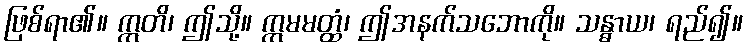
ဖြစ်ရာ၏။ ဣတိ၊ ဤသို့။ ဣမမတ္ထံ၊ ဤအနက်သဘောကို။ သန္ဓာယ၊ ရည်၍။